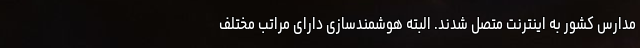
مدارس کشور به اینترنت متصل شدند. البته هوشمندسازی دارای مراتب مختلف